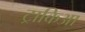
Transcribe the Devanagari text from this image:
ट्राकिआ